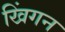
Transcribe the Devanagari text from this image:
खिंगन